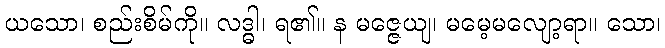
ယသော၊ စည်းစိမ်ကို။ လဒ္ဓါ၊ ရ၏။ န မဇ္ဇေယျ၊ မမေ့မလျော့ရာ။ သော၊